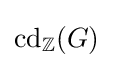
\operatorname {cd} _{\mathbb {Z} }(G)